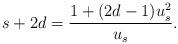
LaTeX: \begin{align*} s+2d=\frac{1+(2d-1)u^2_s}{u_s}.\end{align*}